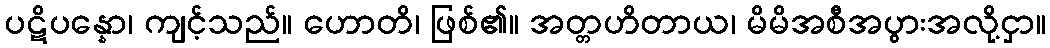
ပဋိပန္နော၊ ကျင့်သည်။ ဟောတိ၊ ဖြစ်၏။ အတ္တဟိတာယ၊ မိမိအစီအပွားအလို့ငှာ။